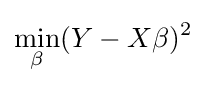
\min _{\beta }(Y-X\beta )^{2}